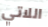
اللاتي